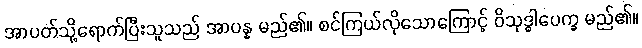
အာပတ်သို့ရောက်ပြီးသူသည် အာပန္န မည်၏။ စင်ကြယ်လိုသောကြောင့် ဝိသုဒ္ဓါပေက္ခ မည်၏။